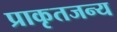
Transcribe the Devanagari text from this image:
प्राकृतजन्य